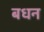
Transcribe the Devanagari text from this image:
बधन